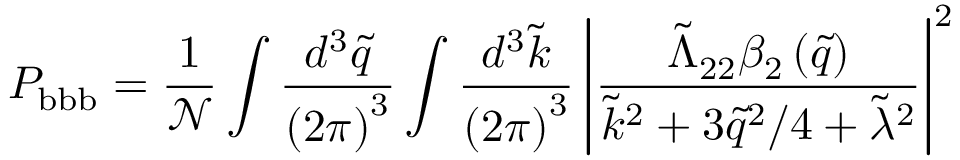
P _ { \mathrm { b b b } } = \frac { 1 } { \mathcal { N } } \int \frac { d ^ { 3 } \tilde { q } } { \left( 2 \pi \right) ^ { 3 } } \int \frac { d ^ { 3 } \tilde { k } } { \left( 2 \pi \right) ^ { 3 } } \left| \frac { \tilde { \Lambda } _ { 2 2 } \beta _ { 2 } \left( \tilde { q } \right) } { \tilde { k } ^ { 2 } + 3 \tilde { q } ^ { 2 } / 4 + \tilde { \lambda } ^ { 2 } } \right| ^ { 2 }